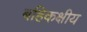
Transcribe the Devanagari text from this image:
बहिकक्षीय